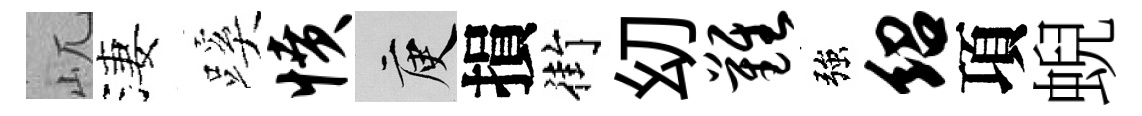
屼淒蹊愤庾損街㓜难強绍項蜺